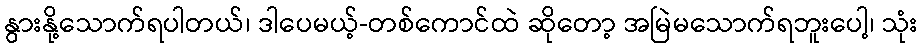
နွားနို့သောက်ရပါတယ်၊ ဒါပေမယ့်-တစ်ကောင်ထဲ ဆိုတော့ အမြဲမသောက်ရဘူးပေါ့၊ သုံး